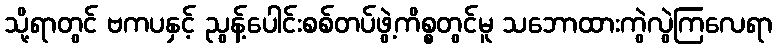
သို့ရာတွင် ဗကပနှင့် ညွန့်ပေါင်းစစ်တပ်ဖွဲ့ကိစ္စတွင်မူ သဘောထားကွဲလွဲကြလေရာ